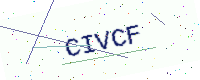
Text: CIVCF